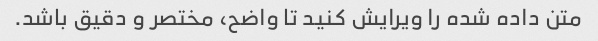
متن داده شده را ویرایش کنید تا واضح، مختصر و دقیق باشد.